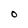
Character: O